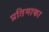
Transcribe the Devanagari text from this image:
प्रतिमाका